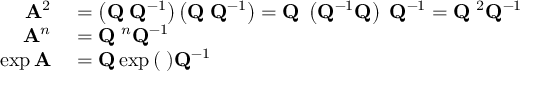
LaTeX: \begin{array} { r l } { \mathbf { A } ^ { 2 } } & { { } = \left( \mathbf { Q } \mathbf { \Lambda } \mathbf { Q } ^ { - 1 } \right) \left( \mathbf { Q } \mathbf { \Lambda } \mathbf { Q } ^ { - 1 } \right) = \mathbf { Q } \mathbf { \Lambda } \left( \mathbf { Q } ^ { - 1 } \mathbf { Q } \right) \mathbf { \Lambda } \mathbf { Q } ^ { - 1 } = \mathbf { Q } \mathbf { \Lambda } ^ { 2 } \mathbf { Q } ^ { - 1 } } \\ { \mathbf { A } ^ { n } } & { { } = \mathbf { Q } \mathbf { \Lambda } ^ { n } \mathbf { Q } ^ { - 1 } } \\ { \exp { \mathbf { A } } } & { { } = \mathbf { Q } \exp { ( \mathbf { \Lambda } ) } \mathbf { Q } ^ { - 1 } } \end{array}